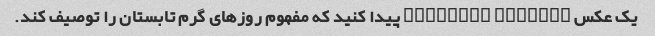
یک عکس Creative Commons پیدا کنید که مفهوم روزهای گرم تابستان را توصیف کند.